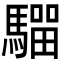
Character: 𩥺